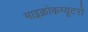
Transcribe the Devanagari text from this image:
माइक्रोकम्यूटरों